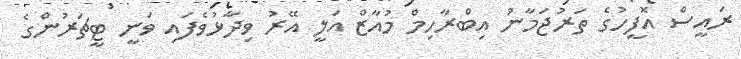
ރައީސް އޮފީހުގެ ތަރުޖަމާނު އިބްރާހިމް މުއާޒް އަލީ އޭރު ވިދާޅުވެފައި ވަނީ ޓީޗަރުންގެ